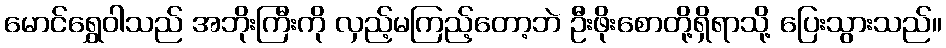
မောင်ရွှေဝါသည် အဘိုးကြီးကို လှည့်မကြည့်တော့ဘဲ ဦးဖိုးစောတို့ရှိရာသို့ ပြေးသွားသည်။